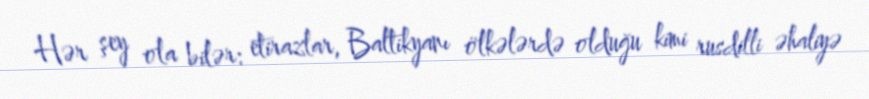
Hər şey ola bilər: etirazlar, Baltikyanı ölkələrdə olduğu kimi rusdilli əhaliyə